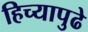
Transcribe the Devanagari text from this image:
हिच्यापुढे